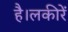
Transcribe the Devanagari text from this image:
है।लकीरें